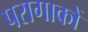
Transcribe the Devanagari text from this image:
परागाकों